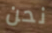
نحن